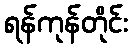
ရန်ကုန်တိုင်း